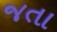
જતા